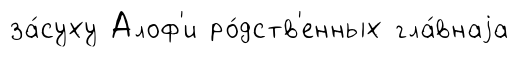
за́суху Алоф'и ро́дств'енных гла́внаjа